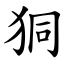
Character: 狪